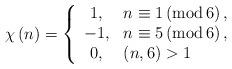
LaTeX: \begin{align*}\chi\left( n\right) =\left\{\begin{array}[c]{cl}1, & n\equiv1\left( \operatorname{mod}6\right) ,\\-1, & n\equiv5\left( \operatorname{mod}6\right) ,\\0, & \left( n,6\right) >1\end{array}\right. \end{align*}